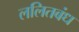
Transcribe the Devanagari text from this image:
ललितबंध